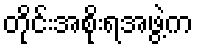
တိုင်းအစိုးရအဖွဲ့က